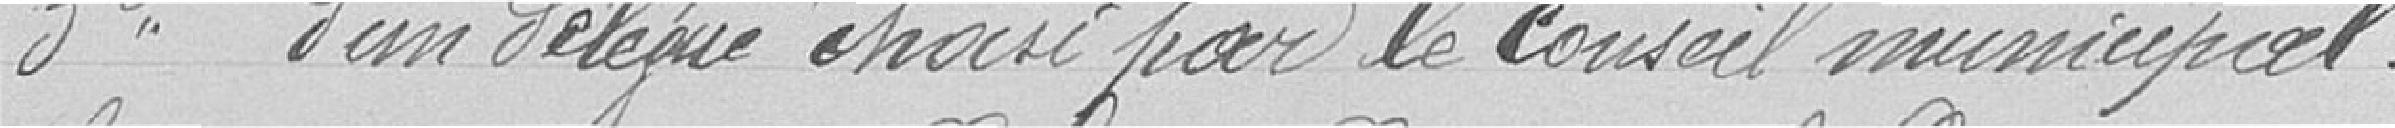
Troisièmement : d'un délégué choisi par le conseil municipal